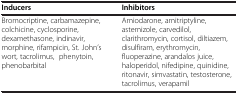
| Inducers | Inhibitors |
 | --- | --- |
 | Bromocriptine, carbamazepine, colchicine, cyclosporine, dexamethasone, indinavir, morphine, rifampicin, St. John’s wort, tacrolimus, phenytoin, phenobarbital | Amiodarone, amitriptyline, astemizole, carvedilol, clarithromycin, cortisol, diltiazem, disulfiram, erythromycin, fluoperazine, arandalos juice, haloperidol, nifedipine, quinidine, ritonavir, simvastatin, testosterone, tacrolimus, verapamil |